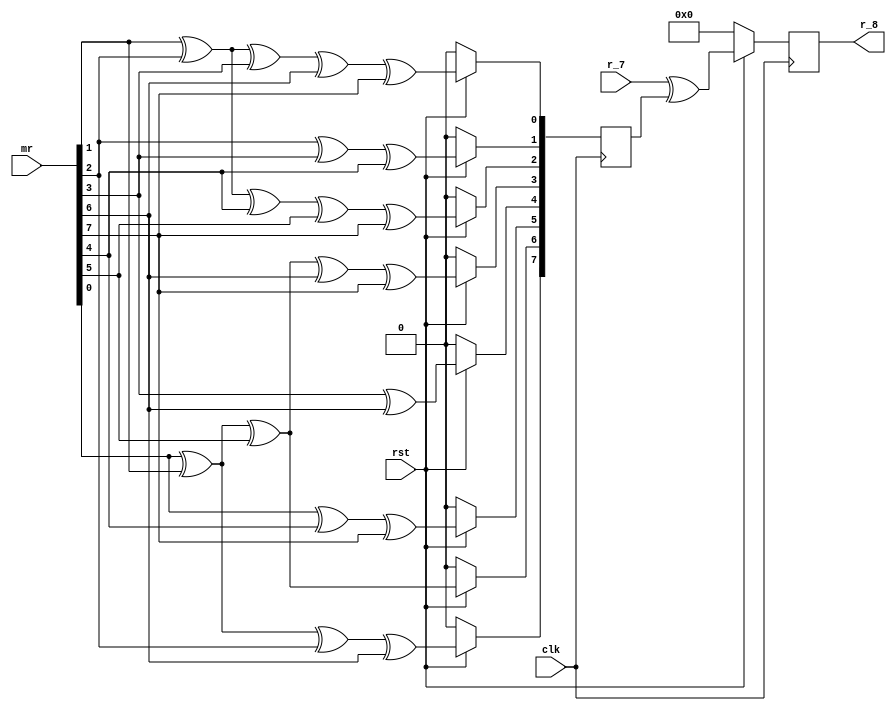
`timescale 1ns / 1ps

module mux_8(
    input clk,
	 input rst,
	 input[7:0] mr,
	 input[7:0] r_7,
	 output[7:0] r_8
    );
wire[7:0] a_8;
reg[7:0] g_8;
reg[7:0] r8;

assign a_8 = mr;

 always @(posedge clk)                            //g8m+r
  begin
  if(!rst)
   begin
	g_8<=0;
	r8<=0;
	end
  else
   begin
    g_8[0]<=a_8[1]^a_8[2]^a_8[3]^a_8[6]^a_8[7];	
	 g_8[1]<=a_8[2]^a_8[3]^a_8[4];	
	 g_8[2]<=a_8[1]^a_8[2]^a_8[4]^a_8[5]^a_8[7];	
    g_8[3]<=a_8[0]^a_8[1]^a_8[5]^a_8[6]^a_8[7];	
    g_8[4]<=a_8[3]^a_8[6];	
	 g_8[5]<=a_8[0]^a_8[4]^a_8[7];	
	 g_8[6]<=a_8[0]^a_8[1]^a_8[5];	
	 g_8[7]<=a_8[0]^a_8[1]^a_8[2]^a_8[6];
	 r8 <= r_7^g_8;                                 //
	end
 end

assign 	 r_8 = r8;

endmodule